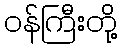
ဝန်ကြီးတို့